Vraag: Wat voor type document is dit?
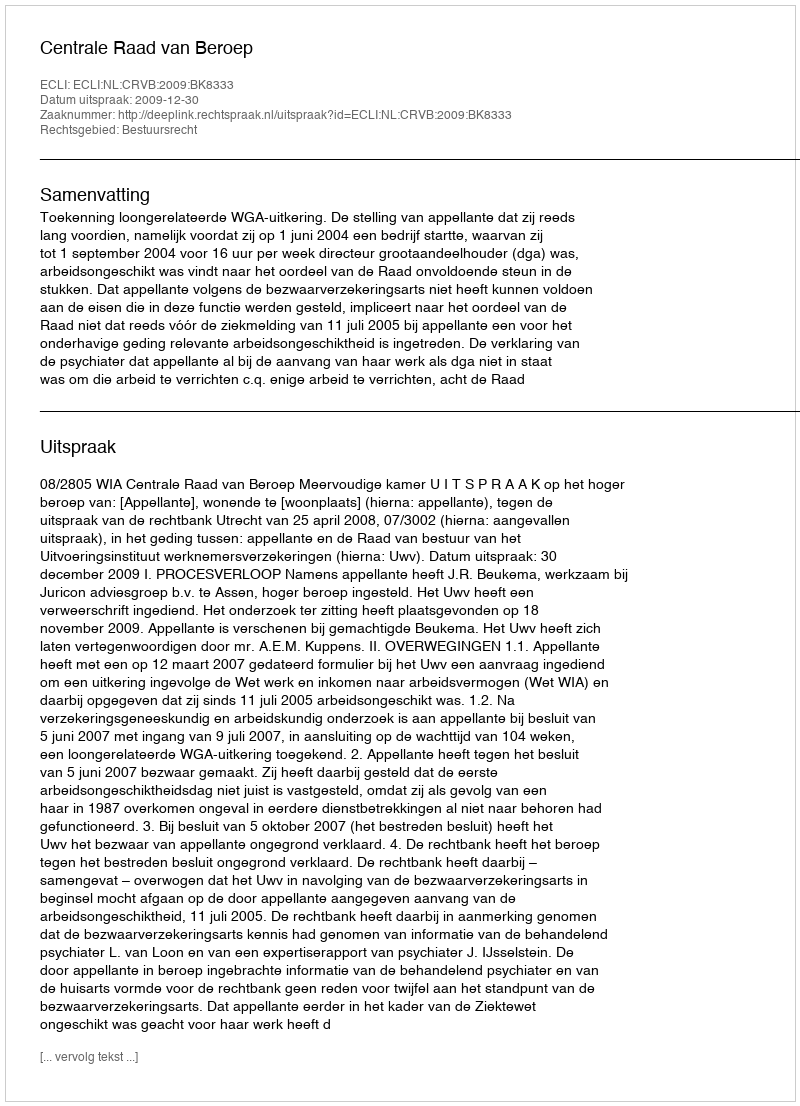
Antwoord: Uitspraak